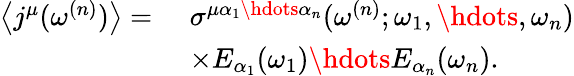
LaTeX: \begin{array}{rl}{\left\langle j^{\mu}(\omega^{(n)})\right\rangle=\, \, }&{\sigma^{\mu\alpha_{1}\hdots\alpha_{n}}(\omega^{(n)};\omega_{1},\hdots,\omega_{n})}\\ &{\times E_{\alpha_{1}}(\omega_{1})\hdots E_{\alpha_{n}}(\omega_{n})\mathrm{.}}\end{array}